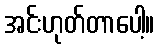
အင်းဟုတ်တာပေါ့။